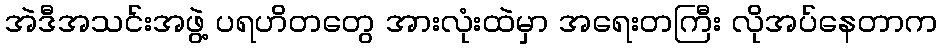
အဲဒီအသင်းအဖွဲ့ ပရဟိတတွေ အားလုံးထဲမှာ အရေးတကြီး လိုအပ်နေတာက